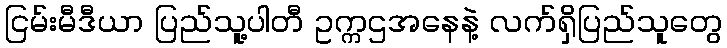
ငြမ်းမီဒီယာ ပြည်သူ့ပါတီ ဥက္ကဌအနေနဲ့ လက်ရှိပြည်သူတွေ